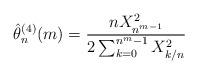
LaTeX: \begin{align*}\hat\theta_n^{(4)}(m)=\frac{nX_{n^{m-1}}^2}{2\sum_{k=0}^{n^m-1}X_{k/n}^2}\end{align*}